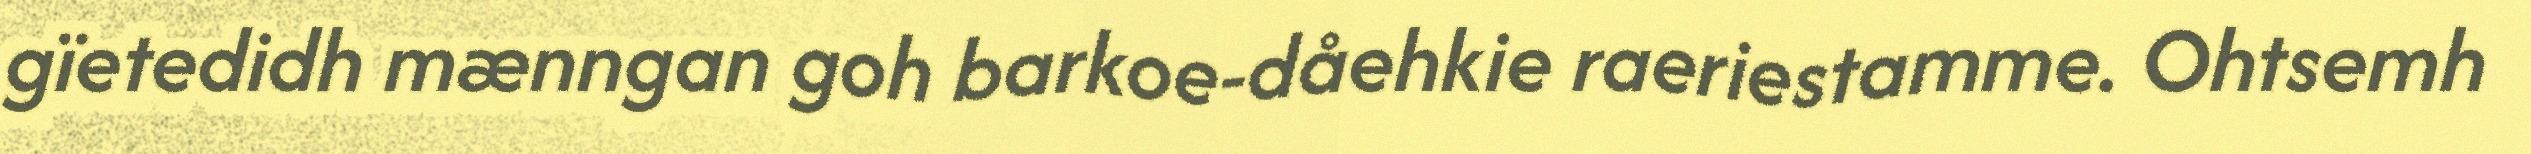
gïetedidh mænngan goh barkoe-dåehkie raeriestamme. Ohtsemh